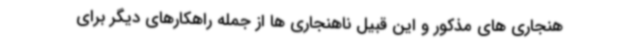
هنجاری های مذکور و این قبیل ناهنجاری ها از جمله راهکارهای دیگر برای